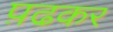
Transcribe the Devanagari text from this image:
प़ढकर